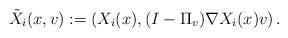
LaTeX: \begin{align*}\tilde X_i(x, v) := \left(X_i(x), (I - \Pi_v) \nabla X_i(x)v\right). \end{align*}